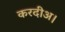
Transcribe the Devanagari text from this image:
करदीअ।